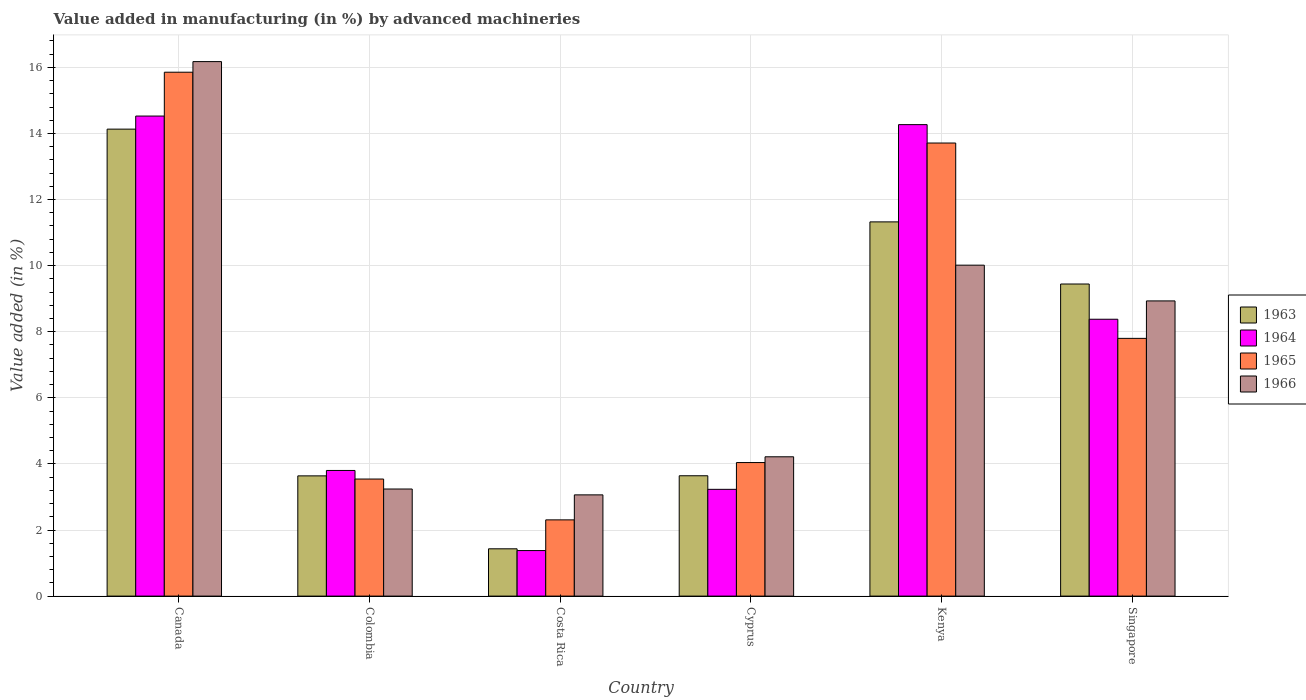
| Country | 1963 | 1964 | 1965 | 1966 |
 | --- | --- | --- | --- | --- |
 | Canada | 14.1 | 14.5 | 15.9 | 16.2 |
 | Colombia | 3.64 | 3.8 | 3.54 | 3.24 |
 | Costa Rica | 1.43 | 1.38 | 2.31 | 3.06 |
 | Cyprus | 3.64 | 3.23 | 4.04 | 4.22 |
 | Kenya | 11.3 | 14.3 | 13.7 | 10 |
 | Singapore | 9.44 | 8.38 | 7.8 | 8.93 |